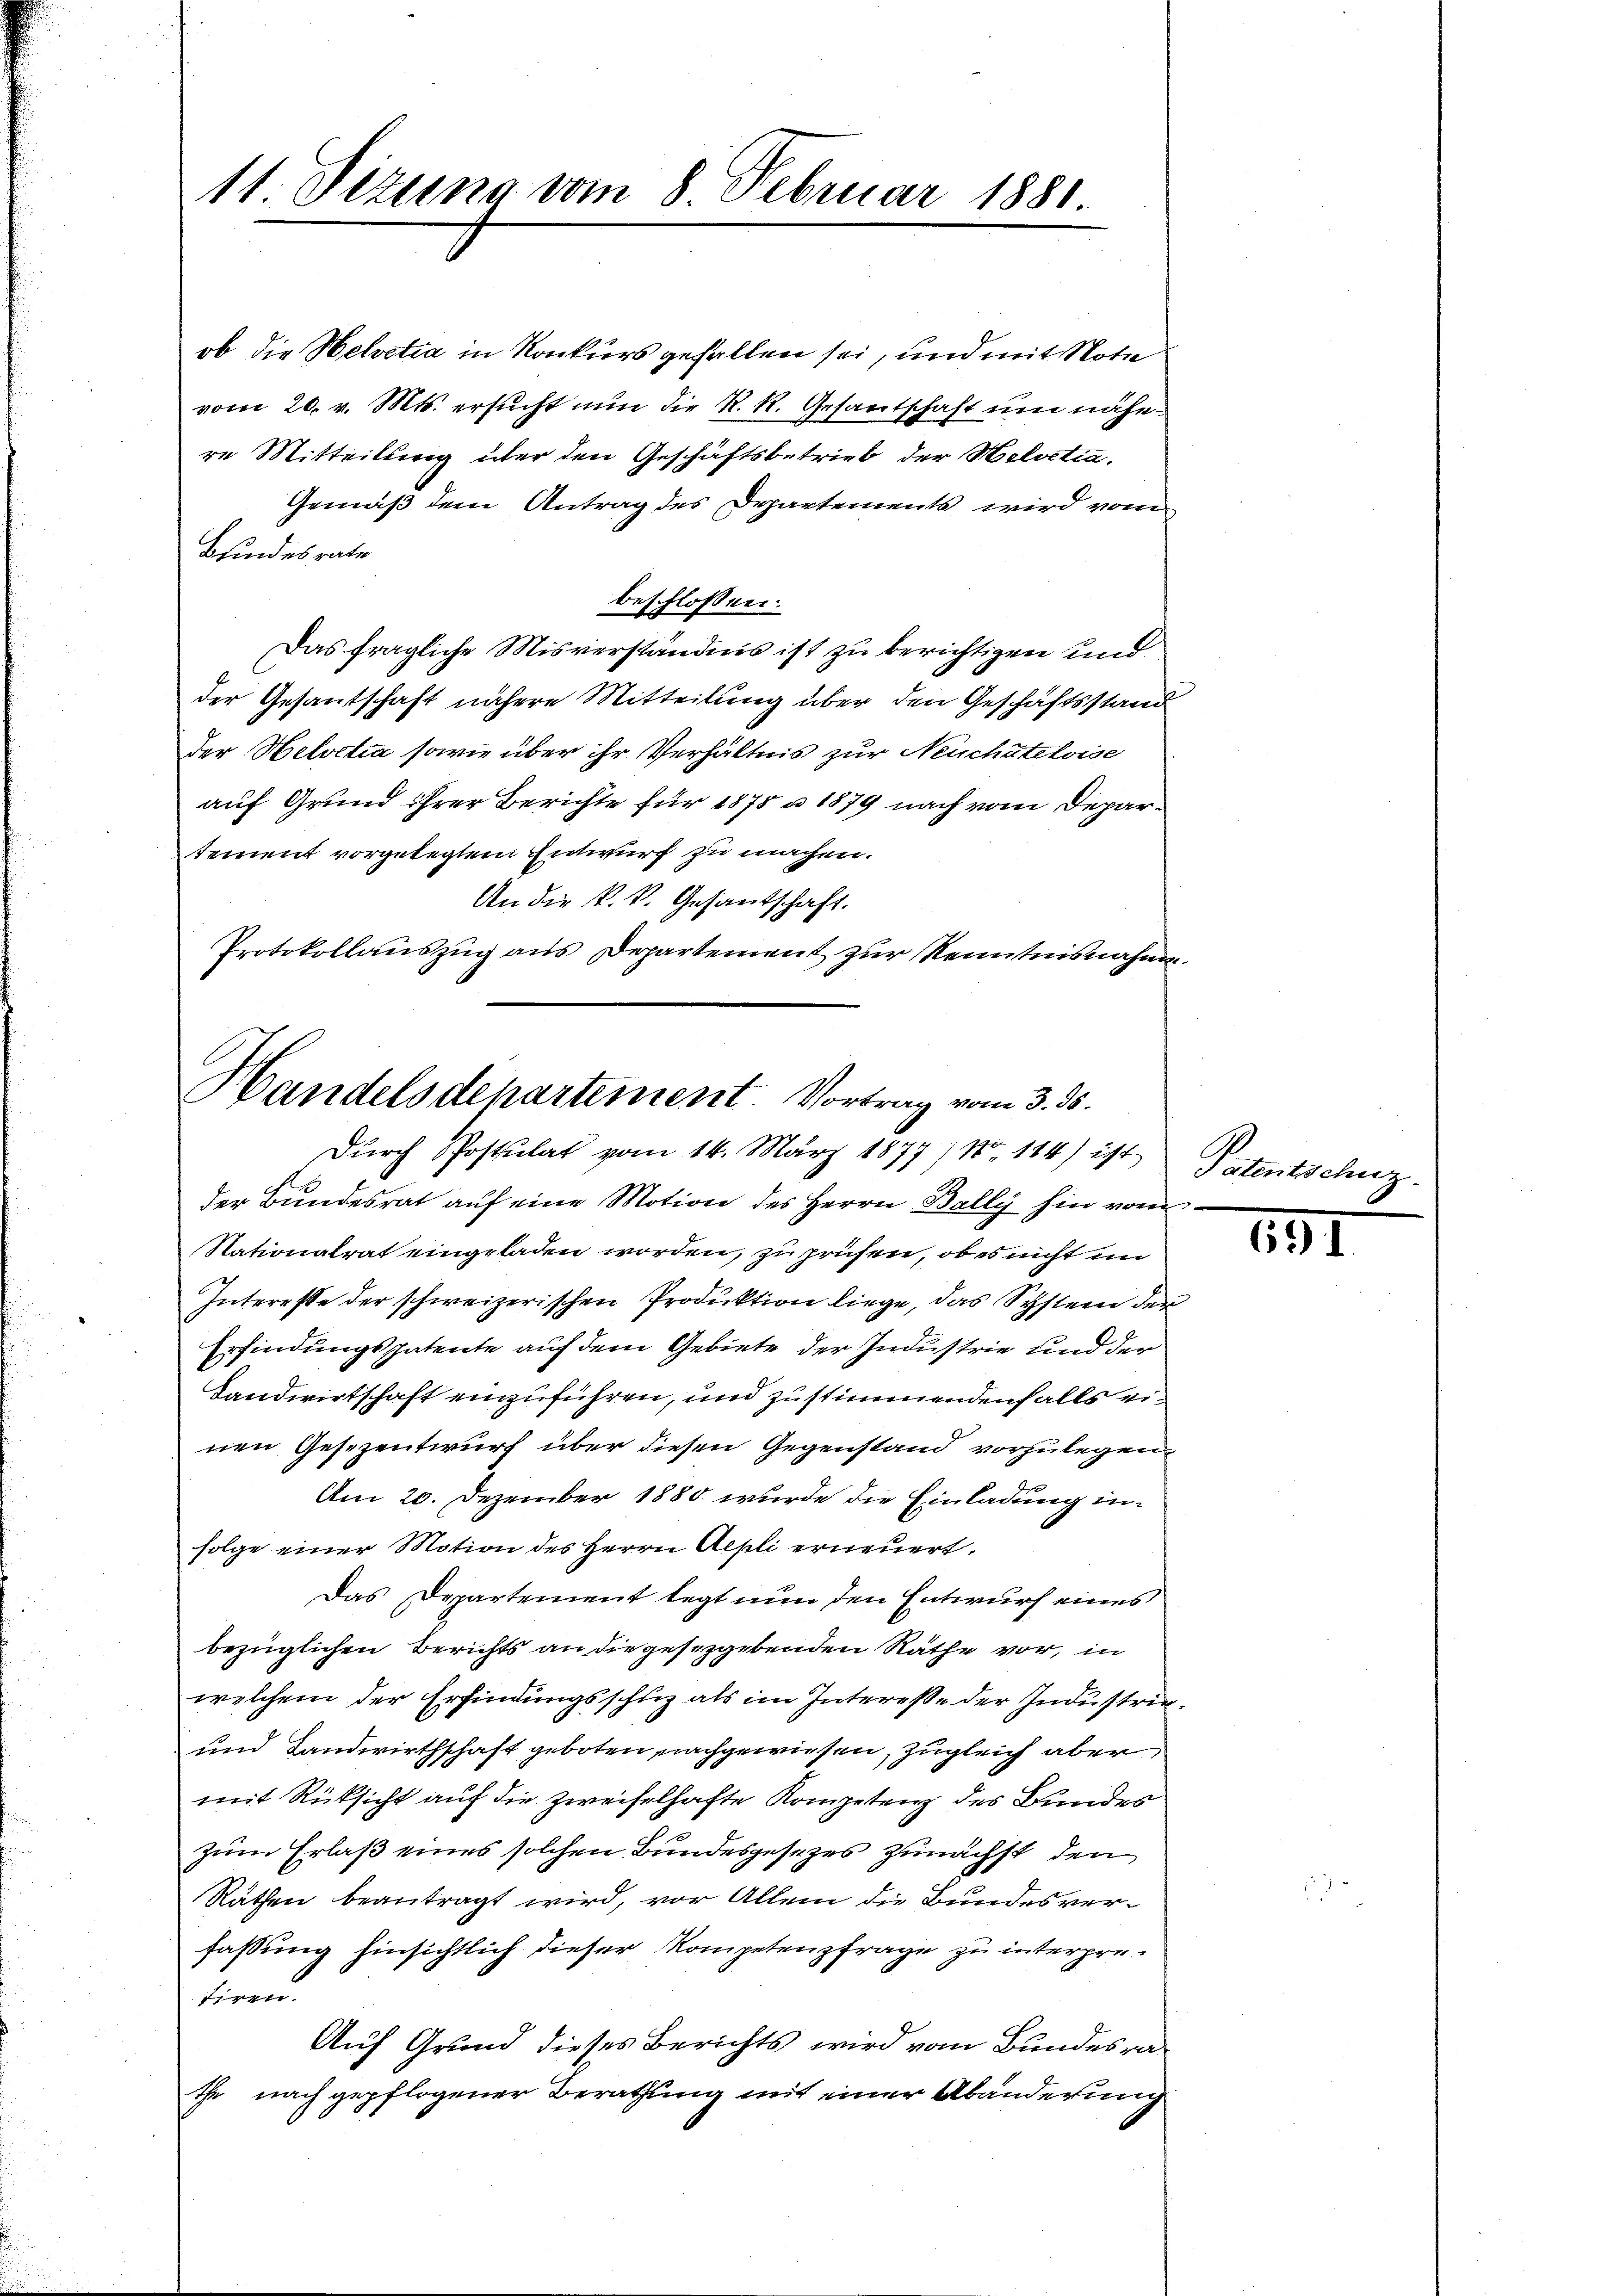
11 Sizung vom 8. Februar 1881.

ob die Helvetia in Konkurs gefallen sei, und mit Note
vom 20. v. Mts. ersucht nun die R. R. Gesantschaft um nähere Mitteilung über den Geschäftsbetrieb der Helvetia.
Gemäß dem Antrag des Departements wird vom
Bundesrate
beschlossen:
Das fragliche Misverständnis ist zu berichtigen und
der Gesantschaft nähere Mitteilung über den Geschäftsstand
der Helvetia sowie über ihr Verhältnis zur Neuchâteloise
auf Grund ihrer Berichte für 1878 a 1879 nach vom Deparsement vorgelegtem Entwurf zu machen.
An die k. k. Gesantschaft.
Protokollaŭszŭg aŭs Departement zŭr Kenntnisnahme.

Handelsdepartement. Vortrag vom 3. ds.
Durch Postulat vom 14. März 1877) Nr. 184) ist

der Bundesrat auf eine Motion des Herrn Bally hin vom
Stationalrat eingeladen worden, zu prüfen, ob es nicht im
Interesse der schweizerischen Produktion liege, das System der
Erfindungspatente auf dem Gebiete der Industrie und der
Landwirtschaft einzuführen, und zu stimmendenfalls einen Gesezentwurf über diesen Gegenstand vorzulegen
Am 20. Dezember 1880 wurde die Einladung infolge einer Motion des Herrn Alpli erneuert.
Das Departement legt nun den Entwurf eines
bezüglichen Berichts an die gesetzgebenden Räthe vor, in
welchem der Erfindungsschuz als im Interesse der Industric
und Landwirthschaft geboten nachgewiesen, zugleich aber
mit Rücksicht auf die zweifelhafte Kompetenz des Bundes
zum Erlaß eines solchen Bundesgesezes zunächst den
Räthen beantragt wird, vor Allem die Bundesverfassung hinsichtlich dieser Kompetenzfrage zu interpretiren.
Auf Grund dieses Berichts wird vom Bundesrathe nach gepflogener Berathung mit einer Abänderung

Patentschuz

551